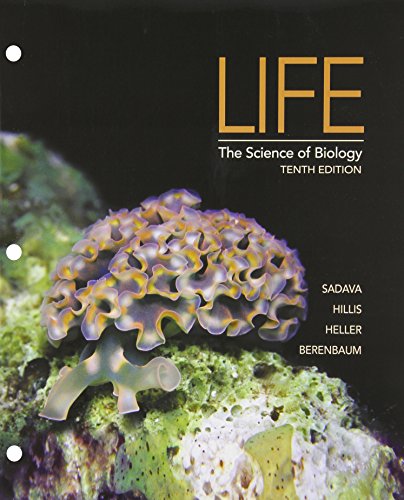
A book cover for Life: The Science of Biology, 10th Edition; David E. Sadava; Politics & Social Sciences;